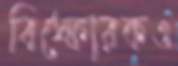
বিস্ফোরকও